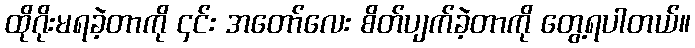
ထိုဂိုးမရခဲ့တာကို ၄င်း အတော်လေး စိတ်ပျက်ခဲ့တာကို တွေ့ရပါတယ်။